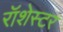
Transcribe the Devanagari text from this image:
रॉशेस्टर